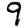
Digit: 9